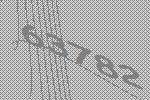
63782